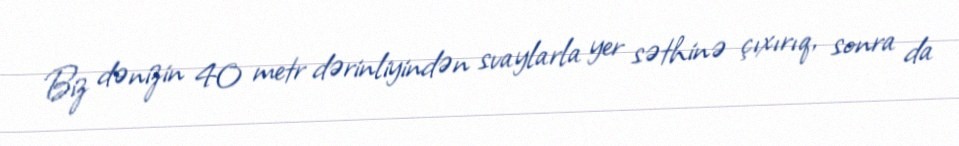
Biz dənizin 40 metr dərinliyindən svaylarla yer səthinə çıxırıq, sonra da